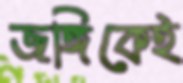
জঙ্গিকেই